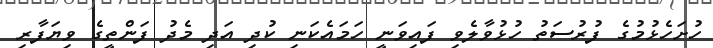
ހުށަހެޅުމުގެ ފުރުސަތު ހުޅުވާލެވި ފައިވަނީ ހަމައެކަނި ކުދި އަދި މެދު ފަންތީގެ ވިޔަފާރި